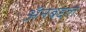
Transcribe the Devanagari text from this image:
अॅनबद्दल